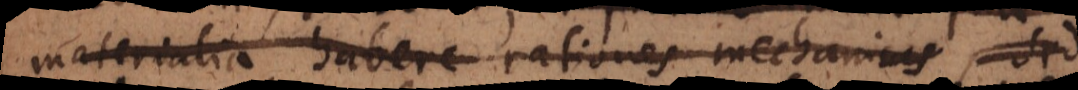
materialia habere rationes mechanicas, sed